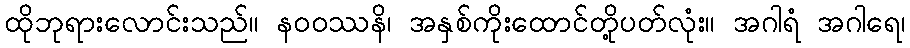
ထိုဘုရားလောင်းသည်။ နဝဝဿနိ၊ အနှစ်ကိုးထောင်တို့ပတ်လုံး။ အဂါရံ အဂါရေ၊